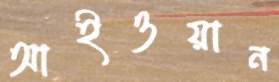
আইওয়ান